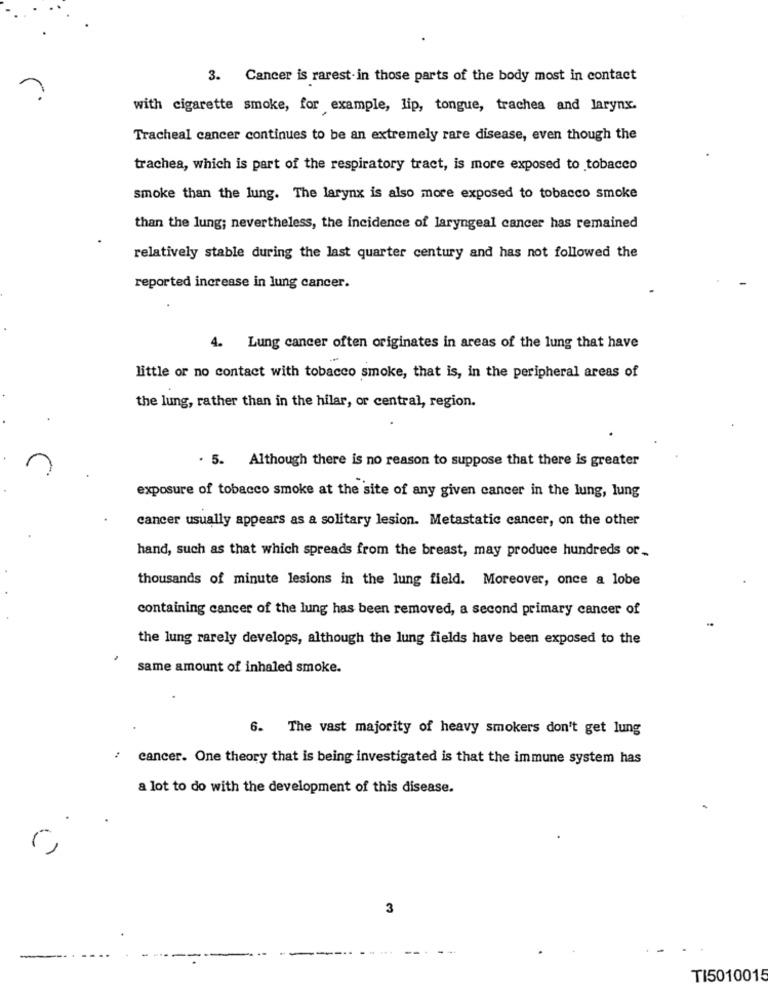
3. Cancer is rarest-in those parts of the body most in contact
with cigarette smoke, for example, lip, tongue, trachea and larynx.
Tracheal cancer continues to be an extremely rare disease, even though the
trachea, which is part of the respiratory tract, is more exposed to tobacco
smoke than the lung. The larynx is also more exposed to tobacco smoke
than the lung; nevertheless, the incidence of laryngeal cancer has remained
relatively stable during the last quarter century and has not followed the
reported increase in lung cancer.
4. Lung cancer often originates in areas of the lung that have
little or no contact with tobacco smoke, that is, in the peripheral areas of
the lung, rather than in the hilar, or central, region.
. 5. Although there is no reason to suppose that there is greater
exposure of tobacco smoke at the site of any given cancer in the lung, lung
cancer usually appears as a solitary lesion. Metastatic cancer, on the other
hand, such as that which spreads from the breast, may produce hundreds or-
thousands of minute lesions in the lung field. Moreover, once a lobe
containing cancer of the lung has been removed, a second primary cancer of
the lung rarely develops, although the lung fields have been exposed to the
same amount of inhaled smoke.
6. The vast majority of heavy smokers don't get lung
cancer. One theory that is being investigated is that the immune system has
a lot to do with the development of this disease.
C
3
TI5010015